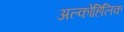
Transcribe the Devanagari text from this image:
अल्कोहिलिक